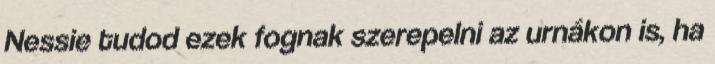
Nessie tudod ezek fognak szerepelni az urnákon is, ha